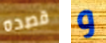
قصده و